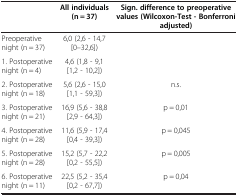
<table><thead><tr><td><b> </b></td><td><b>All individuals (n = 37)</b></td><td><b>Sign. difference to preoperative values (Wilcoxon-Test - Bonferroni adjusted)</b></td></tr></thead><tbody><tr><td>Preoperative night (n = 37)</td><td>6,0 (2,6 - 14,7 [0–32,6])</td><td> </td></tr><tr><td>1. Postoperative night (n = 4)</td><td>4,6 (1,8 - 9,1 [1,2 - 10,2])</td><td> </td></tr><tr><td>2. Postoperative night (n = 18)</td><td>5,6 (2,6 - 15,0 [1,1 - 59,3])</td><td>n.s.</td></tr><tr><td>3. Postoperative night (n = 21)</td><td>16,9 (5,6 - 38,8 [2,9 - 64,3])</td><td>p = 0,01</td></tr><tr><td>4. Postoperative night (n = 28)</td><td>11,6 (5,9 - 17,4 [0,4 - 39,3])</td><td>p = 0,045</td></tr><tr><td>5. Postoperative night (n = 28)</td><td>15,2 (5,7 - 22,2 [0,2 - 55,5])</td><td>p = 0,005</td></tr><tr><td>6. Postoperative night (n = 11)</td><td>22,5 (5,2 - 35,4 [0,2 - 67,7])</td><td>p = 0,04</td></tr></tbody></table>